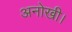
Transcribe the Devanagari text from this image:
अनोखी।